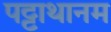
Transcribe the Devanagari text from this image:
पट्टाथानम